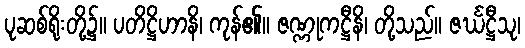
ပုဆစ်ရိုးတို့၌။ ပတိဋ္ဌိဟာနိ၊ ကုန်၏။ ဇဏ္ဏုကဋ္ဌီနိ၊ တို့သည်။ ဇင်္ဃဋ္ဌီသု၊